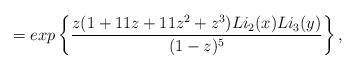
LaTeX: \begin{align*} = exp\left\{ \frac{z(1+11z+11z^2+z^3) Li_2(x) Li_3(y)}{(1-z)^5} \right\}, \end{align*}